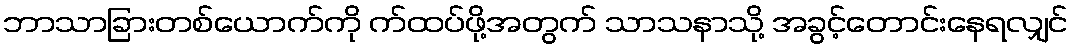
ဘာသာခြားတစ်ယောက်ကို က်ထပ်ဖို့အတွက် သာသနာသို့ အခွင့်တောင်းနေရလျှင်